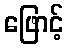
ဖြောင့်